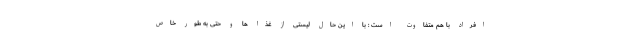
افراد با هم متفاوت است : با این حال لیستی از غذا ها و حتی به طور خاص